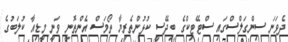
ދެވަނަ ސިންގަލްސްގައި ސްޓޭޓިކްގެ ބިދޭސީ ކުޅުންތެރިޔާ ތޯމަސް އެންތޮނީ ވަނީ މީޑިއާ ކުލަބުގެ